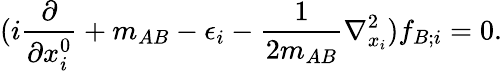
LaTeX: (i\frac{\partial}{\partial x_{i}^{0}}+m_{AB}-\epsilon_{i}-\frac{1}{2m_{AB}}{\mathbf\nabla}_{x_{i}}^{2})f_{B;i}=0.